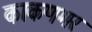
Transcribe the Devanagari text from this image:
काकणभर